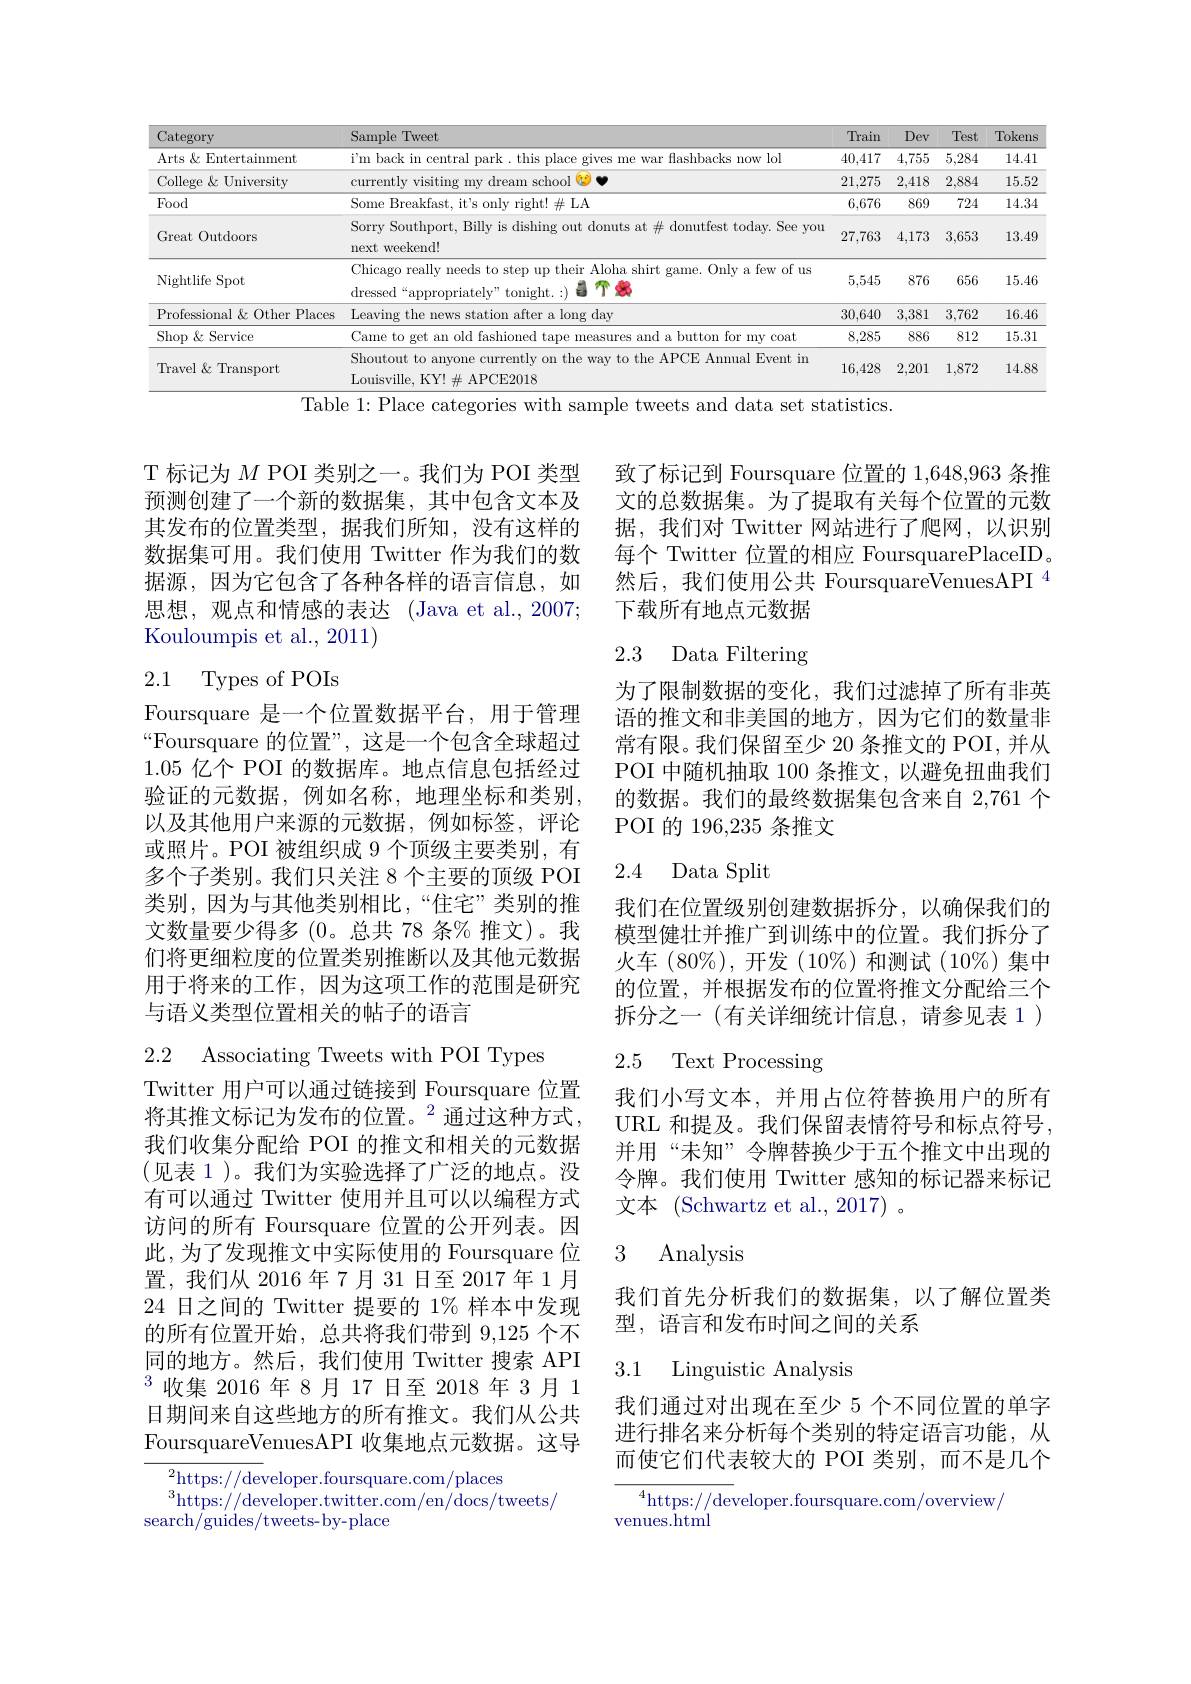
<table>
	<tbody>
		<tr>
			<th>Category</th>
			<th>Sample Tweet</th>
			<th>Train</th>
			<th>Dev</th>
			<th>Test</th>
			<th>Tokens</th>
		</tr>
		<tr>
			<td>Arts $\&$ Entertainment</td>
			<td>$\Upsilon mhack$ flashbacks now lol $\|g_{\mathrm{f}}\hat{\rho}$ War</td>
			<td>40,417</td>
			<td>4,755</td>
			<td>5,284</td>
			<td>14.41</td>
		</tr>
		<tr>
			<td>College $\&$ University</td>
			<td>currentlv ream school</td>
			<td>21,275</td>
			<td>2,418</td>
			<td>2,884</td>
			<td>15.52</td>
		</tr>
		<tr>
			<td>Food</td>
			<td>Some Breakfast, it's only right! $\#$LA</td>
			<td>6,676</td>
			<td>869</td>
			<td>724</td>
			<td>14.34</td>
		</tr>
		<tr>
			<td>Great Outdoors</td>
			<td>Sorry Southport, Billy is dishing out donuts at $\#$donutfest today. See you next weekend!</td>
			<td>27,763</td>
			<td>4,173</td>
			<td>3,653</td>
			<td>13.49</td>
		</tr>
		<tr>
			<td>Nightlife Spot</td>
			<td>Chicago really needs to step up their Aloha shirt game. Only a few of us dressed“appropriatelv”tonight.:) $\textbf{l' er}$</td>
			<td>5,545</td>
			<td>876</td>
			<td>656</td>
			<td>15.46</td>
		</tr>
		<tr>
			<td>Professional& Other Places</td>
			<td>Leavine the after a long day</td>
			<td>30,640</td>
			<td>3,381</td>
			<td>3,762</td>
			<td>16.46</td>
		</tr>
		<tr>
			<td>Shop& Service</td>
			<td>Came to get old fashioned l a button for my coat</td>
			<td>8,285</td>
			<td>886</td>
			<td>812</td>
			<td>15.31</td>
		</tr>
		<tr>
			<td>Travel& Transport</td>
			<td>Shoutout to anyone currently on the way to the APCE Anmual Event in Louisville, KY! $\#$ APCE2018</td>
			<td>16,428</td>
			<td>2,201</td>
			<td>1,872</td>
			<td>14.88</td>
		</tr>
	</tbody>
</table>
Table 1: Place categories with sample tweets and data set statistics.

T 标记为$M$ POI 类别之一。我们为 POI 类型预测创建了一个新的数据集，其中包含文本及其发布的位置类型，据我们所知，没有这样的数据集可用。我们使用 Twitter 作为我们的数据源，因为它包含了各种各样的语言信息，如思想，观点和情感的表达 (Java et al., 2007; Kouloumpis et al., 2011)

2.1 Types of POIs

Foursquare 是一个位置数据平台，用于管理“Foursquare 的位置”,这是一个包含全球超过1.05亿个 POI 的数据库。地点信息包括经过验证的元数据，例如名称，地理坐标和类别， 以及其他用户来源的元数据，例如标签，评论或照片。POI 被组织成 9 个顶级主要类别，有多个子类别。我们只关注 8 个主要的顶级 POI 类别，因为与其他类别相比，“住宅”类别的推文数量要少得多(0。总共 78 条% 推文)。我们将更细粒度的位置类别推断以及其他元数据用于将来的工作，因为这项工作的范围是研究与语义类型位置相关的帖子的语言

2.2 Associating Tweets with POI Types

Twitter 用户可以通过链接到 Foursquare 位置将其推文标记为发布的位置。$^2$通过这种方式， 我们收集分配给 POI 的推文和相关的元数据(见表 1)。我们为实验选择了广泛的地点。没有可以通过 Twitter 使用并且可以以编程方式访问的所有 Foursquare 位置的公开列表。因此，为了发现推文中实际使用的 Foursquare 位置，我们从 2016 年 7 月 31 日至 2017 年 1 月24 日之间的 Twitter 提要的 1% 样本中发现的所有位置开始，总共将我们带到 9,125 个不同的地方。然后，我们使用 Twitter 搜索 API $^{3}$收集 2016年8月17日至2018年3月1日期间来自这些地方的所有推文。我们从公共FoursquareVenuesAPI 收集地点元数据。这导

${}_{a}^{2}$https://developer.foursquare.com/places
$^{3}$https://developer.twitter.com/en/docs/tweets/
search/guides/tweets- by- place

致了标记到 Foursquare 位置的 1,648,963 条推文的总数据集。为了提取有关每个位置的元数据，我们对 Twitter 网站进行了爬网，以识别每个 Twitter 位置的相应 FoursquarePlaceID。然后，我们使用公共 FoursquareVenuesAPI $^{4}$ 下载所有地点元数据

# 2.3 Data Filtering

为了限制数据的变化，我们过滤掉了所有非英语的推文和非美国的地方，因为它们的数量非常有限。我们保留至少 20 条推文的 POI, 并从POI 中随机抽取 100 条推文，以避免扭曲我们的数据。我们的最终数据集包含来自 2,761 个POI 的 196,235 条推文

## 2.4 Data Split

我们在位置级别创建数据拆分，以确保我们的模型健壮并推广到训练中的位置。我们拆分了火车(80%),开发(10$\%)和测试(10\%)集中$ 的位置，并根据发布的位置将推文分配给三个拆分之一(有关详细统计信息，请参见表 1)

## 2.5 Text Processing

我们小写文本，并用占位符替换用户的所有URL 和提及。我们保留表情符号和标点符号， 并用“未知”令牌替换少于五个推文中出现的令牌。我们使用 Twitter 感知的标记器来标记文本 (Schwartz et al.,2017) 。

### 3 Analvsis

我们首先分析我们的数据集，以了解位置类
型，语言和发布时间之间的关系

## 3.1 Linguistic Analysis

我们通过对出现在至少 5 个不同位置的单字进行排名来分析每个类别的特定语言功能，从而使它们代表较大的 POI 类别，而不是几个

${\overline{{^4}\text{https://developer.foursquare.com/overview/}}}$

venues.html